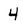
Character: 4